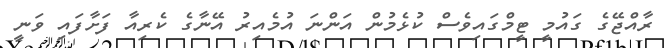
ރާއްޖޭގެ ގައުމީ ޓީމްގައިވެސް ކުޅެމުން އަންނަ އުމެއިރު އޭނާގެ ކެރިއާ ފަށާފައި ވަނީ